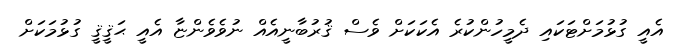
އެއީ ގުޅުމަށްޓަކައި ދެމީހުންކުރެ އެކަކަށް ވެސް ޤުރުބާނީއެއް ނުވެވެންޏާ އެއީ ޙަޤީޤީ ގުޅުމަކަށް